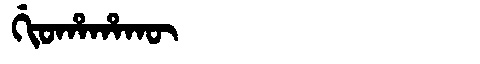
Manchu: ᡤᡳᠣᡥᠠᡥᠠᡴᡡ
Romanization: GIOHAHAKŪ